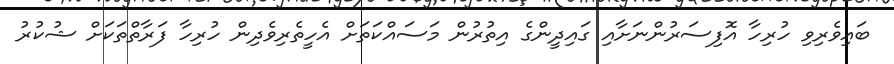
ބައިވެރިވި ހުރިހާ އޮފިސަރުންނަށާއި ގައިދީންގެ އިތުރުން މަސައްކަތަށް އެހީތެރިވެދިން ހުރިހާ ފަރާތްތަކަށް ޝުކުރު